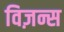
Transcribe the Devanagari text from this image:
विज़न्स